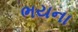
ભયના